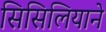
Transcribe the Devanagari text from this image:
सिसिलियाने